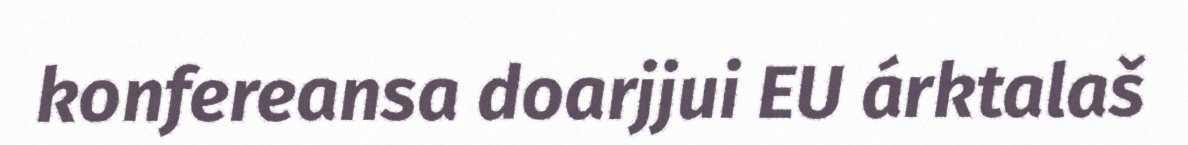
konfereansa doarjjui EU árktalaš